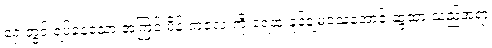
ရှေ့တွင် ရပ်နေသော အကြင် မိန်းကလေးကို ရေထဲ ခုန်ချမသေအောင် ဆွဲထားသည့်အရာ